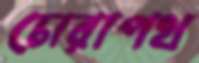
চোরাপথ